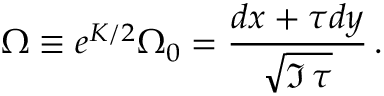
\Omega \equiv e ^ { { \cal K } / 2 } \Omega _ { 0 } = { \frac { d x + \tau d y } { \sqrt { \Im \, \tau } } } \, .